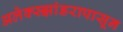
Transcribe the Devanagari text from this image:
अलेक्स्झांडरापासून